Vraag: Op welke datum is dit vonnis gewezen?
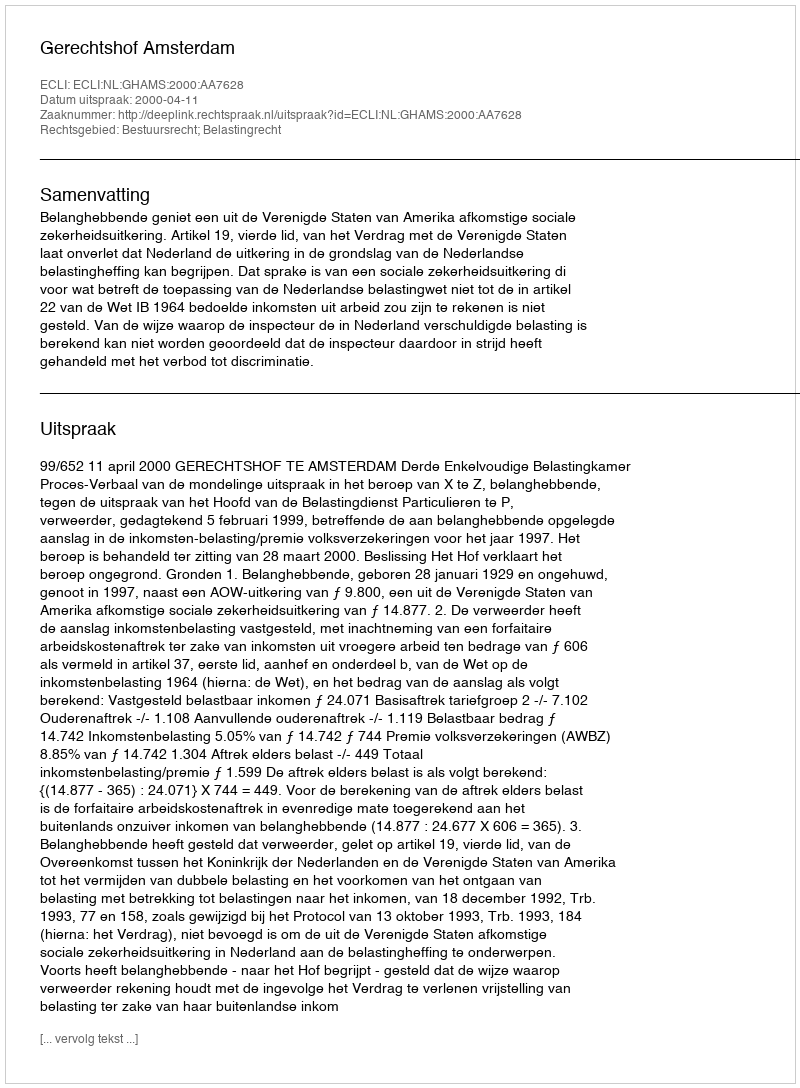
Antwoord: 2000-04-11